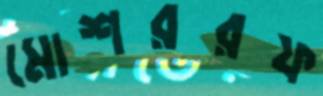
মোশররফ